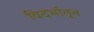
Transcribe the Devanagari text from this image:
विदर्भातून